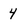
Character: 4